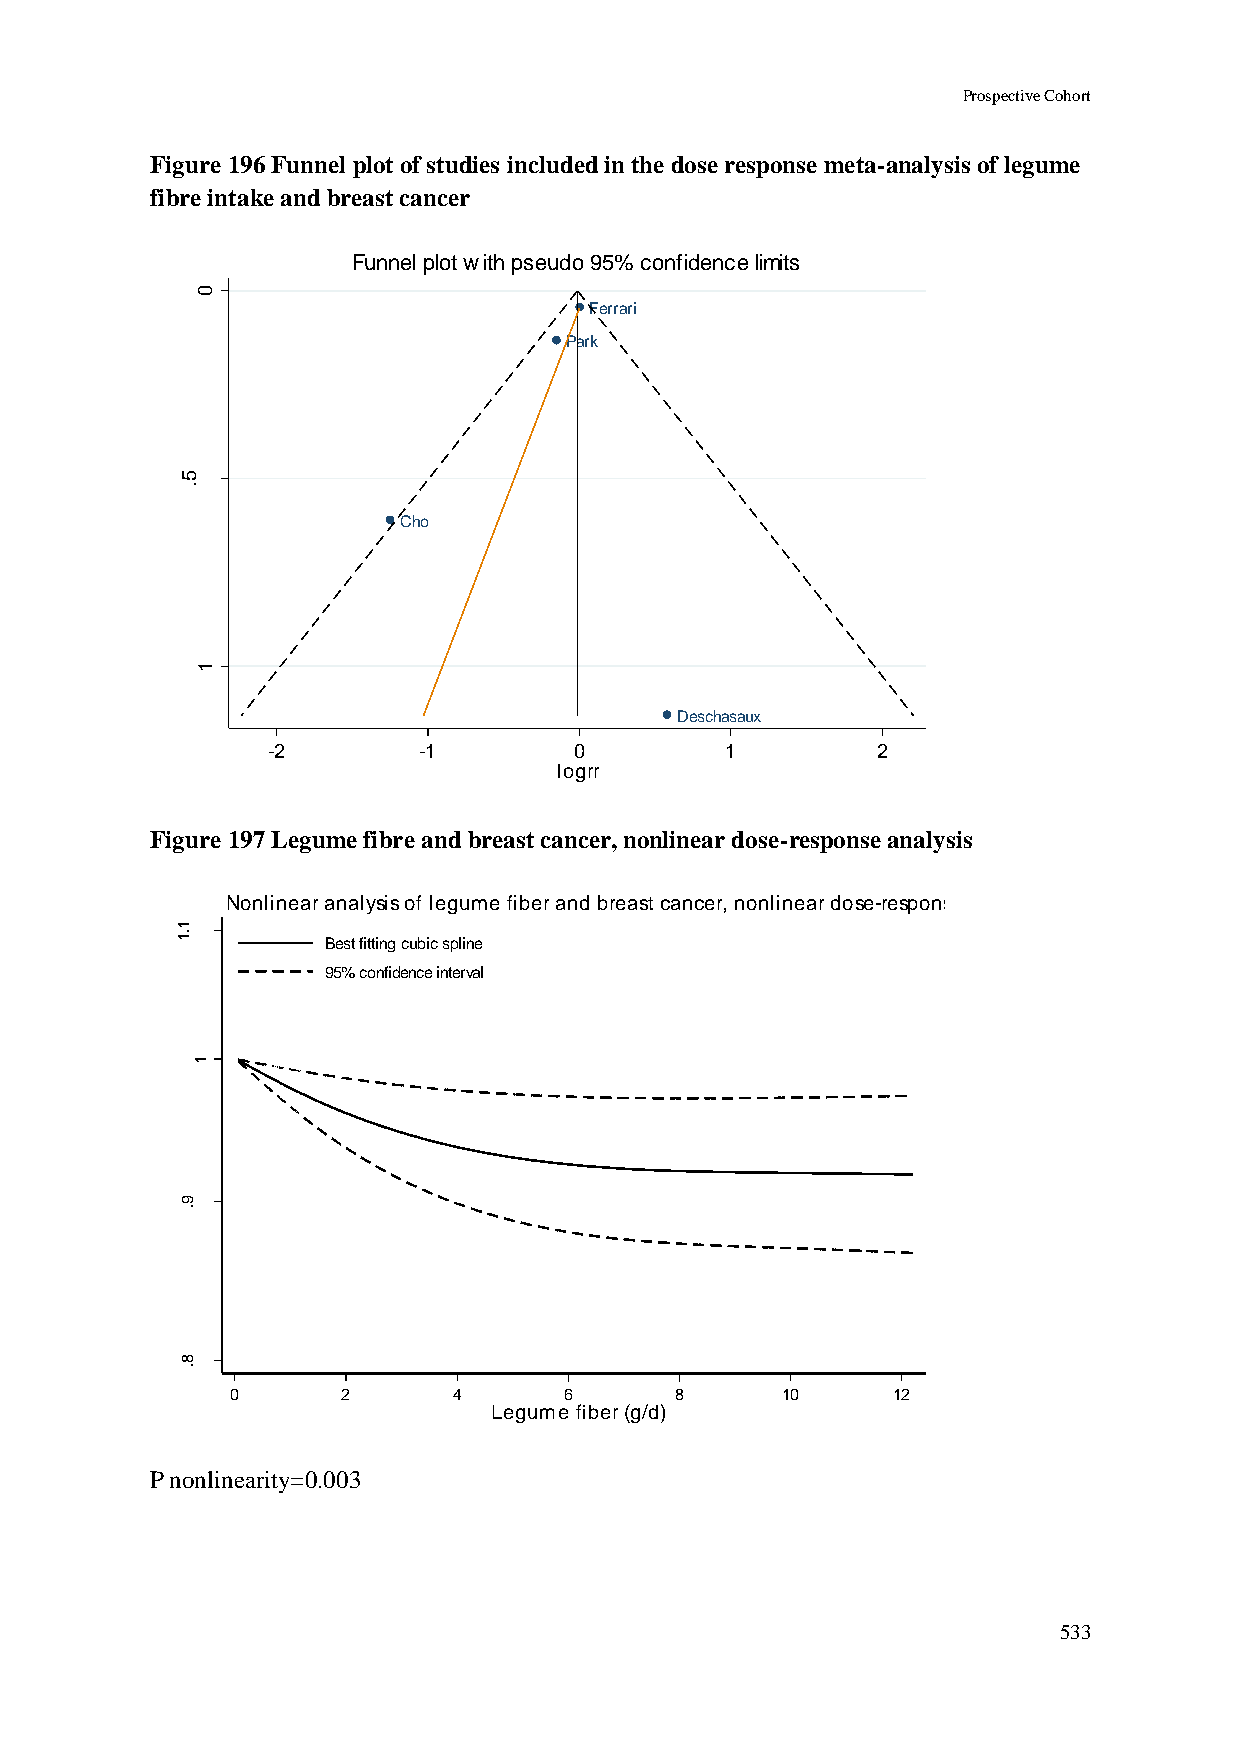
Prospective Cohort
 Figure 196 Funnel plot of studies included in the dose response meta-analysis of legume
 fibre intake and breast cancer
 Funnel plot with pseudo 95% confidence limits
 0
 Ferrari
 Park
 rr
 g
 o        5
 l
 f
 .
 o
 .                      Cho
 e
 .s
 1
 Deschasaux
 -2        -1        0         1         2
 logrr
 Figure 197 Legume fibre and breast cancer, nonlinear dose-response analysis
 Nonlinear analysis of legume fiber and breast cancer, nonlinear dose-response
 1
 .1
 Best fitting cubic spline
 95% confidence interval
 1
 R
 R
 d
 e
 t
 a
 m
 its
 E          9
 .
 8
 .
 0       2      4      6       8      10     12
 Legume fiber (g/d)
 P nonlinearity=0.003
 533